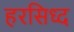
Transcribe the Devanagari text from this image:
हरसिध्द